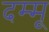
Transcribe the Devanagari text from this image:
दम्मू